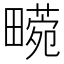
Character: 𤳙